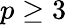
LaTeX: p\ge 3